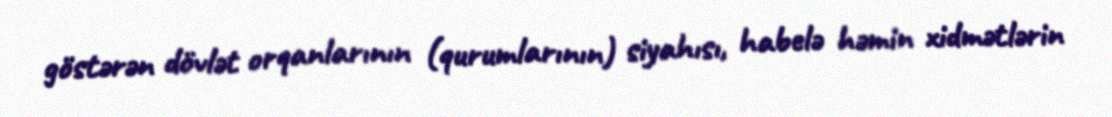
göstərən dövlət orqanlarının (qurumlarının) siyahısı, habelə həmin xidmətlərin